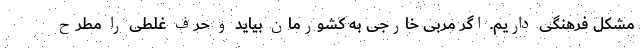
مشکل فرهنگی داریم. اگر مربی خارجی به کشورمان بیاید و حرف غلطی را مطرح